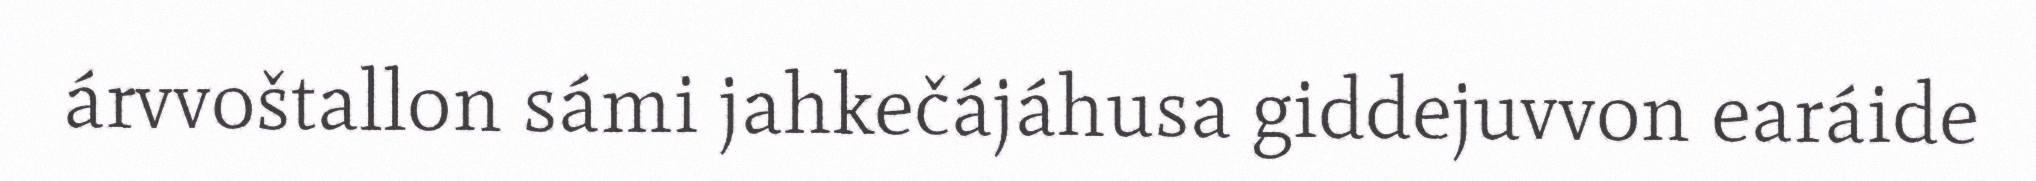
árvvoštallon sámi jahkečájáhusa giddejuvvon earáide